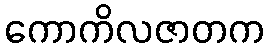
ကောကိလဇာတက